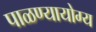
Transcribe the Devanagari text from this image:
पाळण्यायोग्य